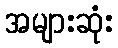
အများဆုံး